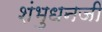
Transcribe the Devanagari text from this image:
शंभुधनजी